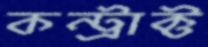
কন্ট্রাক্ট